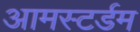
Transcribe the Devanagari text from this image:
आमस्टर्डम